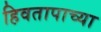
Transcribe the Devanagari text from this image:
हिवतापाच्या